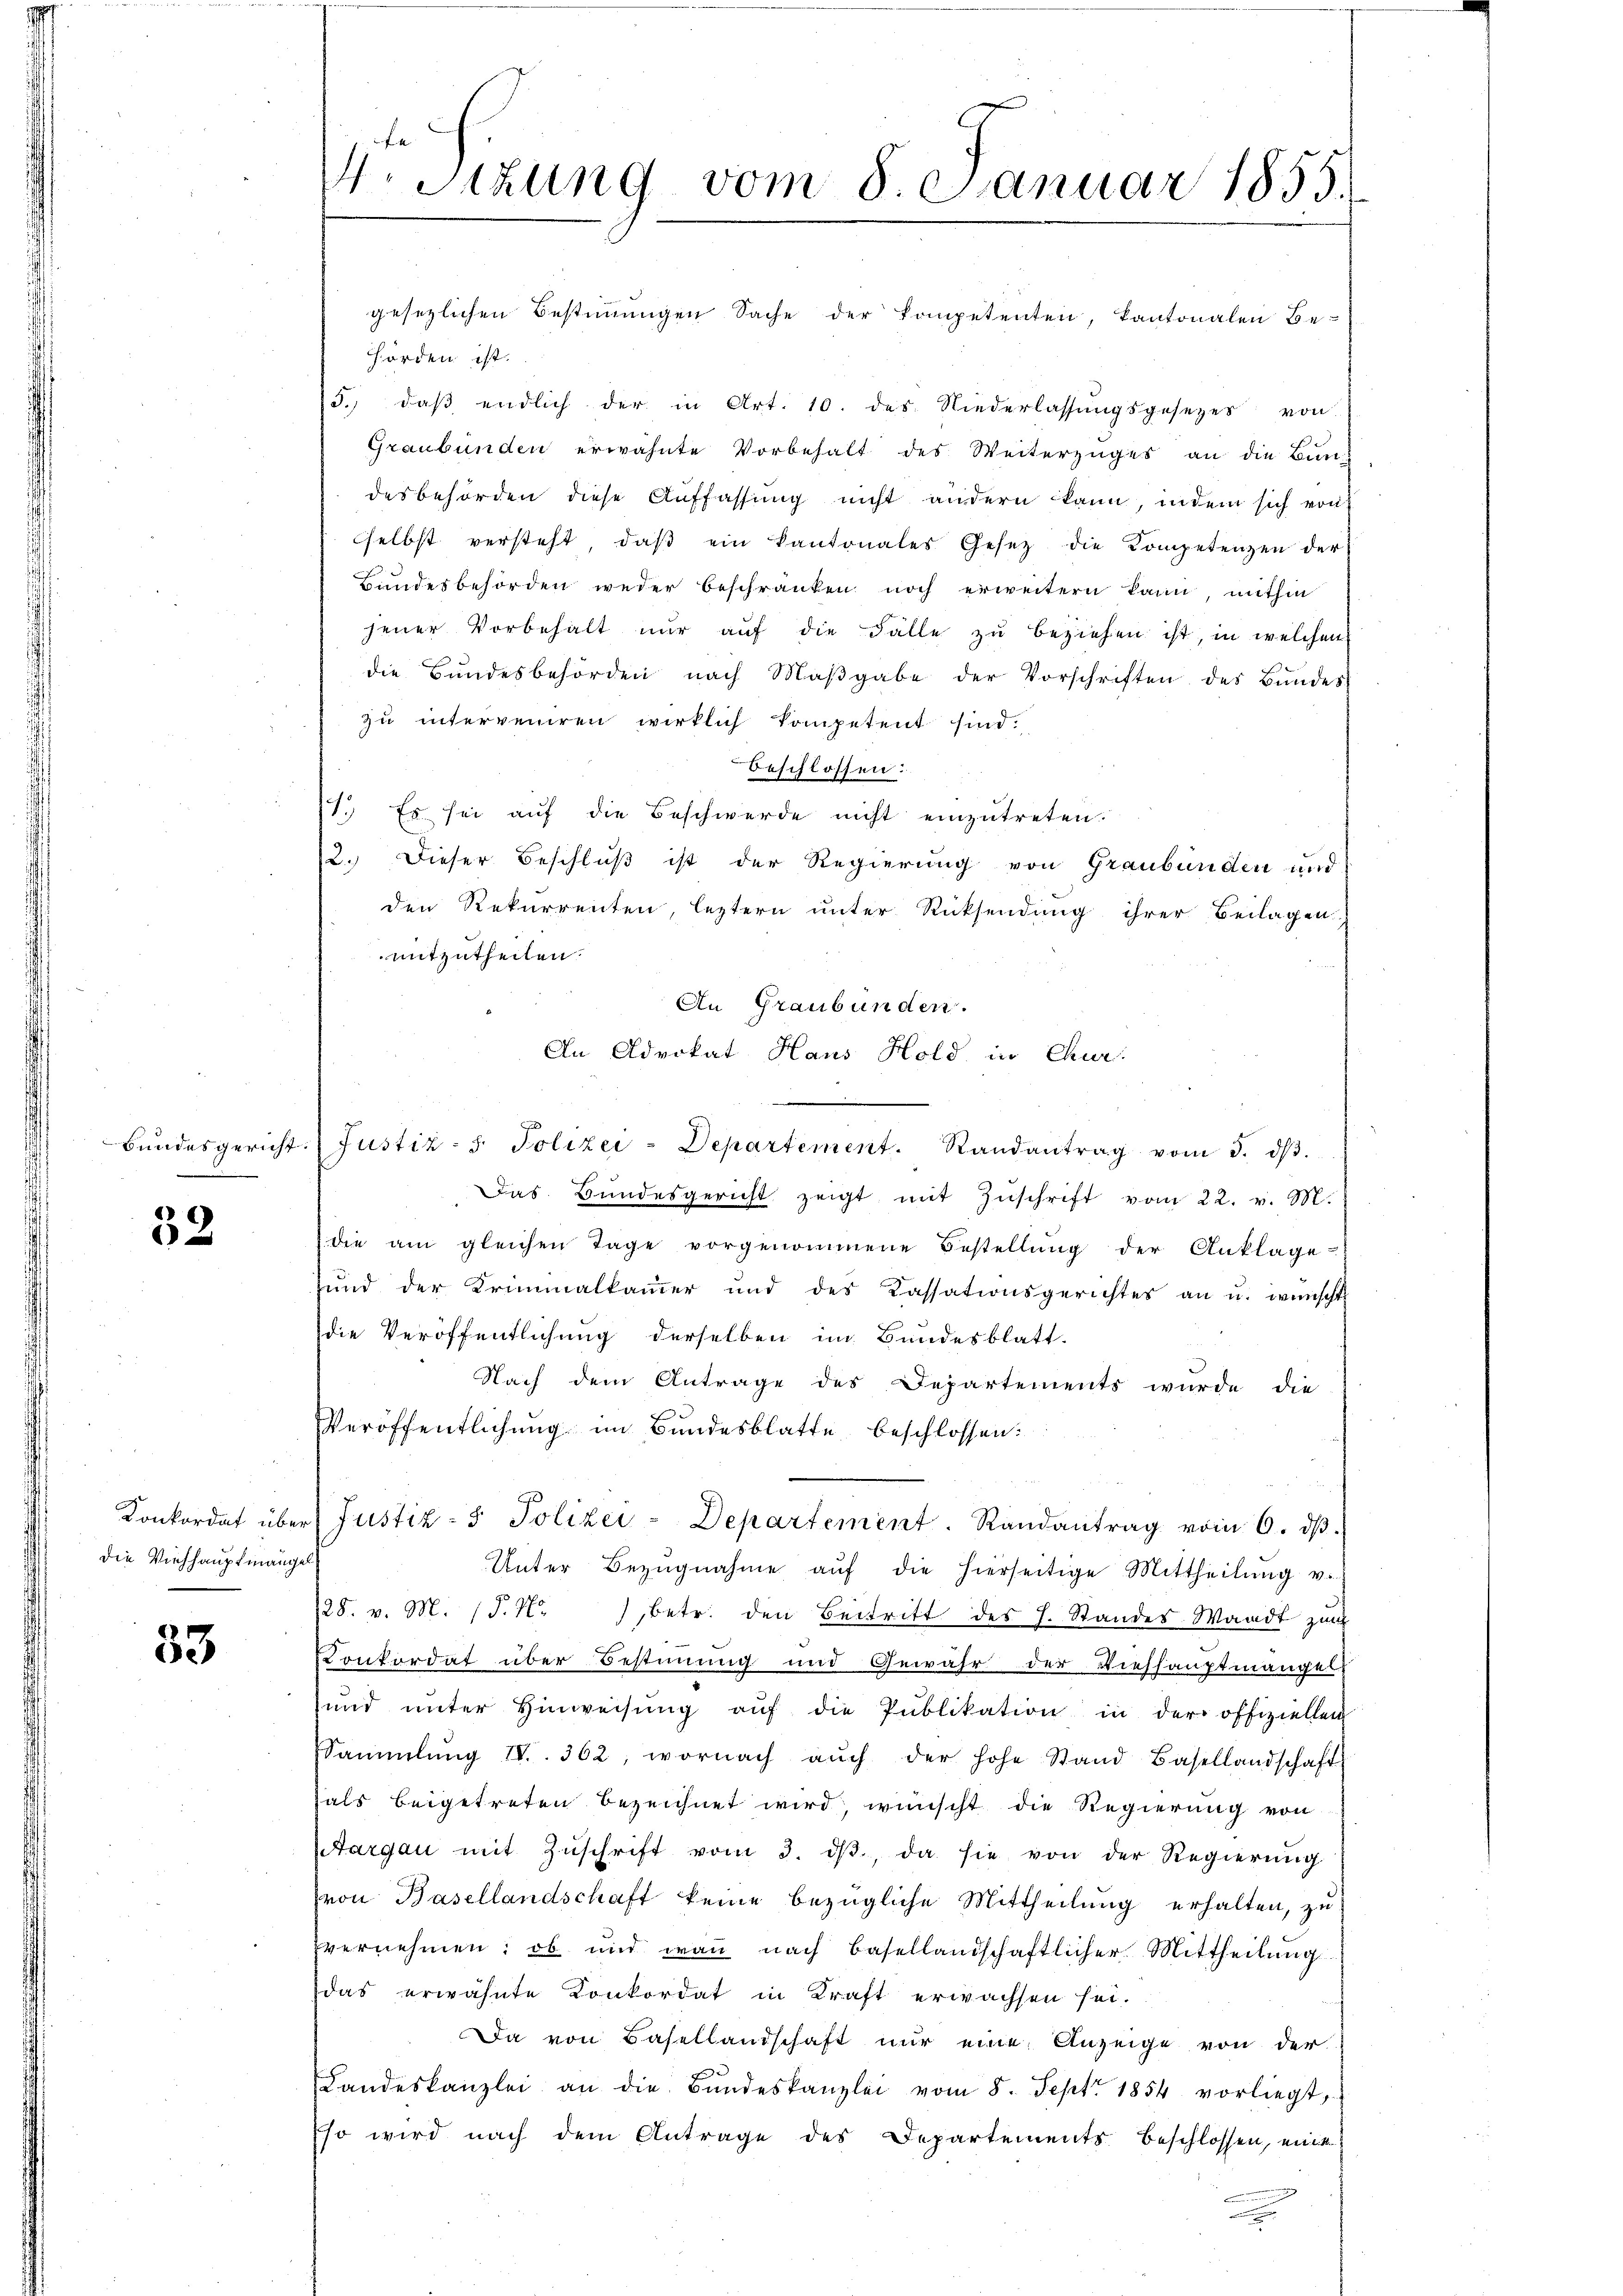
Bundesgericht.

32

Konkordat über
die Viehhauptmängel

33

V. Sitzung vom 8 Januar 1855.

gesetzlichen Bestimmungen Sache der kompetenten, kantonalen Be-
Hörden ist.
5. daβ endlich der in Art. 10. des Niederlassŭngsgesezes von
Graubünden erwähnte Vorbehalt des Weiterzuges an die Bundesbehörden diese Auffassung nicht andern kann, indem sich von
selbst versteht, daβ ein Kantonales Gesetz die Kompetenzen der
Bundesbehörden weder beschränken noch erweitern kann, mithin
jener Vorbehalt nŭr aŭf die Fälle zŭ beziehen ist, in welchen
die Bundesbehörden nach Maβgabe der Vorschriften des Bundes
zu interveniren wirklich kompetent sind.
beschlossen:
1. Es sei aŭf die Beschwerde nicht einzŭtreten.
12. Dieser Beschluß ist der Regierung von Graubünden und
den Rekurrenten, leztern unter Rücksendung ihrer Beilagen
mitzutheilen.
An Graubünden.
An Advokat Haus Hold in Chur-
.
Justiz- u. Polizei-Departement. Randantrag vom 3. dβ.
Das Bundesgericht zeigt mit Zŭschrift vom 22. v. M.
die am gleichen Tage vorgenommene Bestellung der Anklage
sund der Kriminalkammer und des Kassationsgerichtes an u. wünscht
die Veröffentlichung derselben im Bandesblatt
Nach dem Antrage des Departements wurde die
Veröffentlichung im Bundesblatte beschlossen:
Justiz- & Polizei-Departement. Randantrag vom 6. dβ.
Unter Bezŭgnahme aŭf die hierseitige Mittheilŭng v.
128. v. M. P. Nr. 1 betr. den Beitritt des h. Standes Waadt zum
Konkordat über Bestimung und Gewähr der Viehhauptmänger
und unter Hinweisŭng aŭf die Publikation in der offiziellen
Sammlung IV 362, wornach aŭch der hohe Stand Basellandschaft
hals beigetreten bezeichnet wird, wünscht die Regierung von
Aargau mit Zŭschrift vom 3. dβ, da sie von der Regierŭng
(von Basellandschaft keine bezügliche Mittheilung erhalten, zu
vernehmen: ob und wann nach Basellandschaftlicher Mittheilung
das erwähnte Konkordat in Kraft erwachsen sei.
Da von Basellandschaft nur eine Anzeige von der
Landeskanzlei an die Bŭndeskanzlei vom 8. Sept. 1854 vorliegt,
Eso wird nach dem Antrage des Departements beschlossen, mit